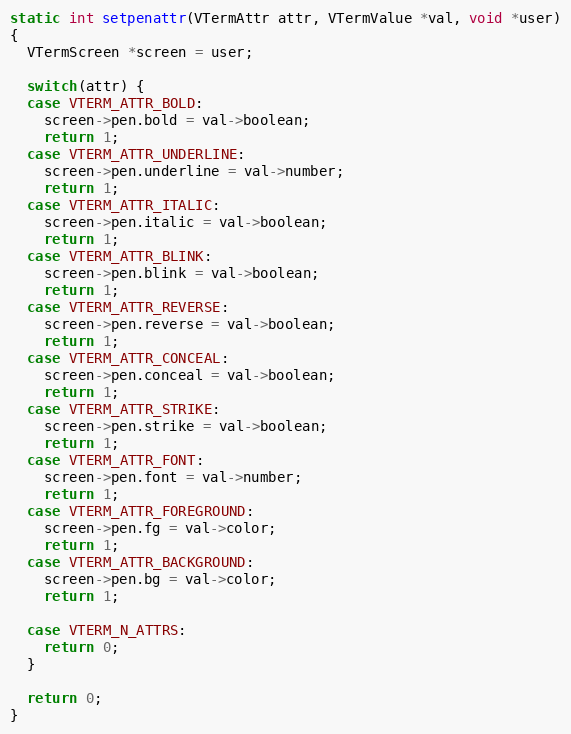
Language: C
static int setpenattr(VTermAttr attr, VTermValue *val, void *user)
{
  VTermScreen *screen = user;

  switch(attr) {
  case VTERM_ATTR_BOLD:
    screen->pen.bold = val->boolean;
    return 1;
  case VTERM_ATTR_UNDERLINE:
    screen->pen.underline = val->number;
    return 1;
  case VTERM_ATTR_ITALIC:
    screen->pen.italic = val->boolean;
    return 1;
  case VTERM_ATTR_BLINK:
    screen->pen.blink = val->boolean;
    return 1;
  case VTERM_ATTR_REVERSE:
    screen->pen.reverse = val->boolean;
    return 1;
  case VTERM_ATTR_CONCEAL:
    screen->pen.conceal = val->boolean;
    return 1;
  case VTERM_ATTR_STRIKE:
    screen->pen.strike = val->boolean;
    return 1;
  case VTERM_ATTR_FONT:
    screen->pen.font = val->number;
    return 1;
  case VTERM_ATTR_FOREGROUND:
    screen->pen.fg = val->color;
    return 1;
  case VTERM_ATTR_BACKGROUND:
    screen->pen.bg = val->color;
    return 1;

  case VTERM_N_ATTRS:
    return 0;
  }

  return 0;
}